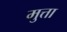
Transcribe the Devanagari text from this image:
मुत्ता